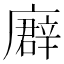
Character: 𢋖